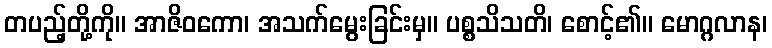
တပည့်တို့ကို။ အာဇိဝကော၊ အသက်မွေးခြင်းမှ။ ပစ္စသိသတိ၊ စောင့်၏။ မောဂ္ဂလာန၊